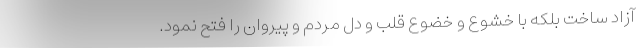
آزاد ساخت بلکه با خشوع و خضوع قلب و دل مردم و پیروان را فتح نمود.